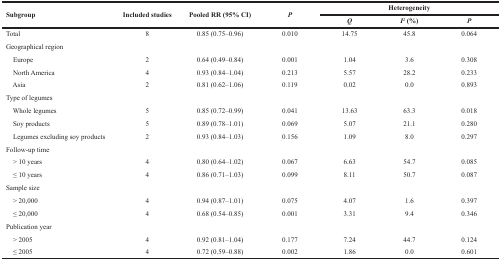
<table><thead><tr><td rowspan="2"><b>Subgroup</b></td><td rowspan="2"><b>Included studies</b></td><td rowspan="2"><b>Pooled RR (95% CI)</b></td><td rowspan="2"><b><i>P</i></b></td><td colspan="3"><b>Heterogeneity</b></td></tr><tr><td><b><i>Q</i></b></td><td><b><i>I<sup>2</sup></i> (%)</b></td><td><b><i>P</i></b></td></tr></thead><tbody><tr><td>Total</td><td>8</td><td>0.85 (0.75–0.96)</td><td>0.010</td><td>14.75</td><td>45.8</td><td>0.064</td></tr><tr><td>Geographical region</td><td></td><td></td><td></td><td></td><td></td><td></td></tr><tr><td> Europe</td><td>2</td><td>0.64 (0.49–0.84)</td><td>0.001</td><td>1.04</td><td>3.6</td><td>0.308</td></tr><tr><td> North America</td><td>4</td><td>0.93 (0.84–1.04)</td><td>0.213</td><td>5.57</td><td>28.2</td><td>0.233</td></tr><tr><td> Asia</td><td>2</td><td>0.81 (0.62–1.06)</td><td>0.119</td><td>0.02</td><td>0.0</td><td>0.893</td></tr><tr><td>Type of legumes</td><td></td><td></td><td></td><td></td><td></td><td></td></tr><tr><td> Whole legumes</td><td>5</td><td>0.85 (0.72–0.99)</td><td>0.041</td><td>13.63</td><td>63.3</td><td>0.018</td></tr><tr><td> Soy products</td><td>5</td><td>0.89 (0.78–1.01)</td><td>0.069</td><td>5.07</td><td>21.1</td><td>0.280</td></tr><tr><td> Legumes excluding soy products</td><td>2</td><td>0.93 (0.84–1.03)</td><td>0.156</td><td>1.09</td><td>8.0</td><td>0.297</td></tr><tr><td>Follow-up time</td><td></td><td></td><td></td><td></td><td></td><td></td></tr><tr><td> &gt; 10 years</td><td>4</td><td>0.80 (0.64–1.02)</td><td>0.067</td><td>6.63</td><td>54.7</td><td>0.085</td></tr><tr><td> ≤ 10 years</td><td>4</td><td>0.86 (0.71–1.03)</td><td>0.099</td><td>8.11</td><td>50.7</td><td>0.087</td></tr><tr><td>Sample size</td><td></td><td></td><td></td><td></td><td></td><td></td></tr><tr><td> &gt; 20,000</td><td>4</td><td>0.94 (0.87–1.01)</td><td>0.075</td><td>4.07</td><td>1.6</td><td>0.397</td></tr><tr><td> ≤ 20,000</td><td>4</td><td>0.68 (0.54–0.85)</td><td>0.001</td><td>3.31</td><td>9.4</td><td>0.346</td></tr><tr><td>Publication year</td><td></td><td></td><td></td><td></td><td></td><td></td></tr><tr><td> &gt; 2005</td><td>4</td><td>0.92 (0.81–1.04)</td><td>0.177</td><td>7.24</td><td>44.7</td><td>0.124</td></tr><tr><td> ≤ 2005</td><td>4</td><td>0.72 (0.59–0.88)</td><td>0.002</td><td>1.86</td><td>0.0</td><td>0.601</td></tr></tbody></table>